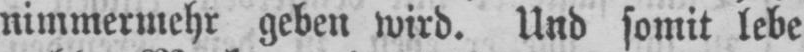
nimmermehr geben wird. Und somit lebe